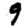
Digit: 9